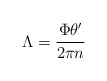
\begin{align*}\Lambda={\frac{\Phi\theta^{\prime}}{2\pi n}}\end{align*}